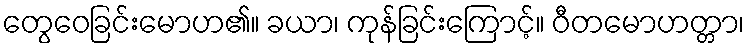
တွေဝေခြင်းမောဟ၏။ ခယာ၊ ကုန်ခြင်းကြောင့်။ ဝီတမောဟတ္တာ၊